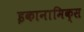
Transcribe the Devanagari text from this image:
इकानामिक्स